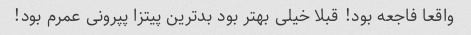
واقعا فاجعه بود! قبلا خیلی بهتر بود بدترین پیتزا پپرونی عمرم بود!